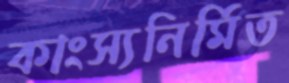
কাংস্যনির্মিত